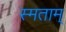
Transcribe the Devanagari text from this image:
स्मताम्